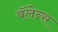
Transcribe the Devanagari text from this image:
बॅलेन्स